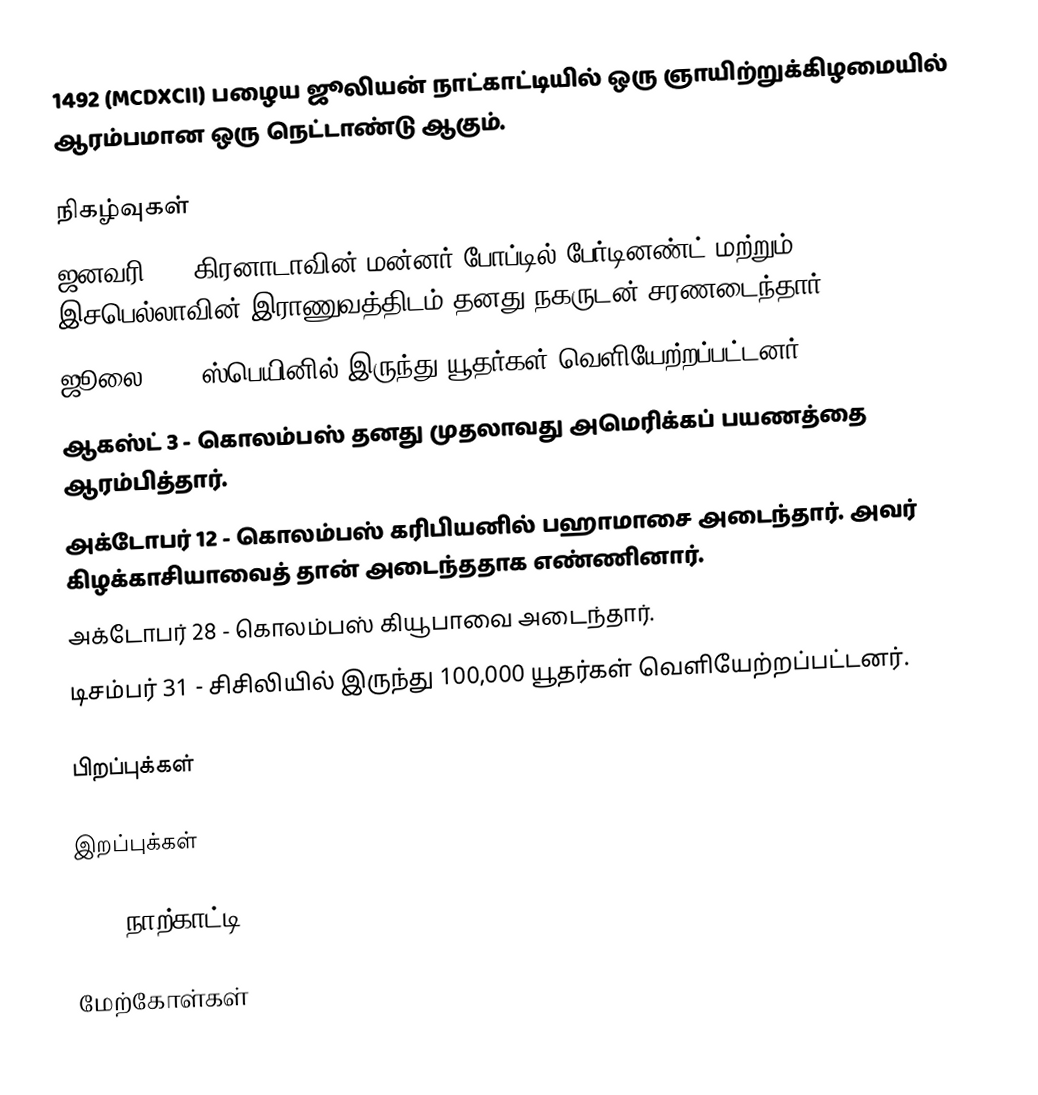
1492 (MCDXCII) பழைய ஜூலியன் நாட்காட்டியில் ஒரு ஞாயிற்றுக்கிழமையில் ஆரம்பமான ஒரு நெட்டாண்டு ஆகும்.

நிகழ்வுகள்
 ஜனவரி 2 - கிரனாடாவின் மன்னர் போப்டில் பேர்டினண்ட் மற்றும் இசபெல்லாவின் இராணுவத்திடம் தனது நகருடன் சரணடைந்தார்.
 ஜூலை 31 - ஸ்பெயினில் இருந்து யூதர்கள் வெளியேற்றப்பட்டனர்.
 ஆகஸ்ட் 3 - கொலம்பஸ் தனது முதலாவது அமெரிக்கப் பயணத்தை ஆரம்பித்தார்.
 அக்டோபர் 12 - கொலம்பஸ் கரிபியனில் பஹாமாசை அடைந்தார். அவர் கிழக்காசியாவைத் தான் அடைந்ததாக எண்ணினார்.
 அக்டோபர் 28 - கொலம்பஸ் கியூபாவை அடைந்தார்.
 டிசம்பர் 31 - சிசிலியில் இருந்து 100,000 யூதர்கள் வெளியேற்றப்பட்டனர்.

பிறப்புக்கள்

இறப்புக்கள்

1492 நாற்காட்டி

மேற்கோள்கள்